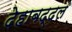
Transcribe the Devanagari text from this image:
देहाबद्दल